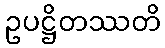
ဥပဋ္ဌိတဿတိ